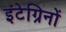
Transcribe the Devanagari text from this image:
इंटेग्रिनों